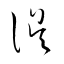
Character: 誤